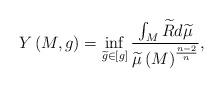
LaTeX: \begin{align*}Y\left( M,g\right) =\inf_{\widetilde{g}\in \left[ g\right] }\frac{\int_{M}\widetilde{R}d\widetilde{\mu }}{\widetilde{\mu }\left( M\right) ^{\frac{n-2}{n}}}, \end{align*}